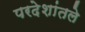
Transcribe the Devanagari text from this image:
परदेशांतले